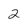
Character: 2